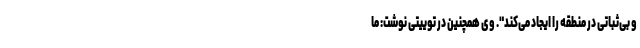
و بی‌ثباتی در منطقه را ایجاد می‌کند". وی همچنین در توییتی نوشت: ما